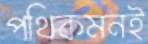
পথিকমনই